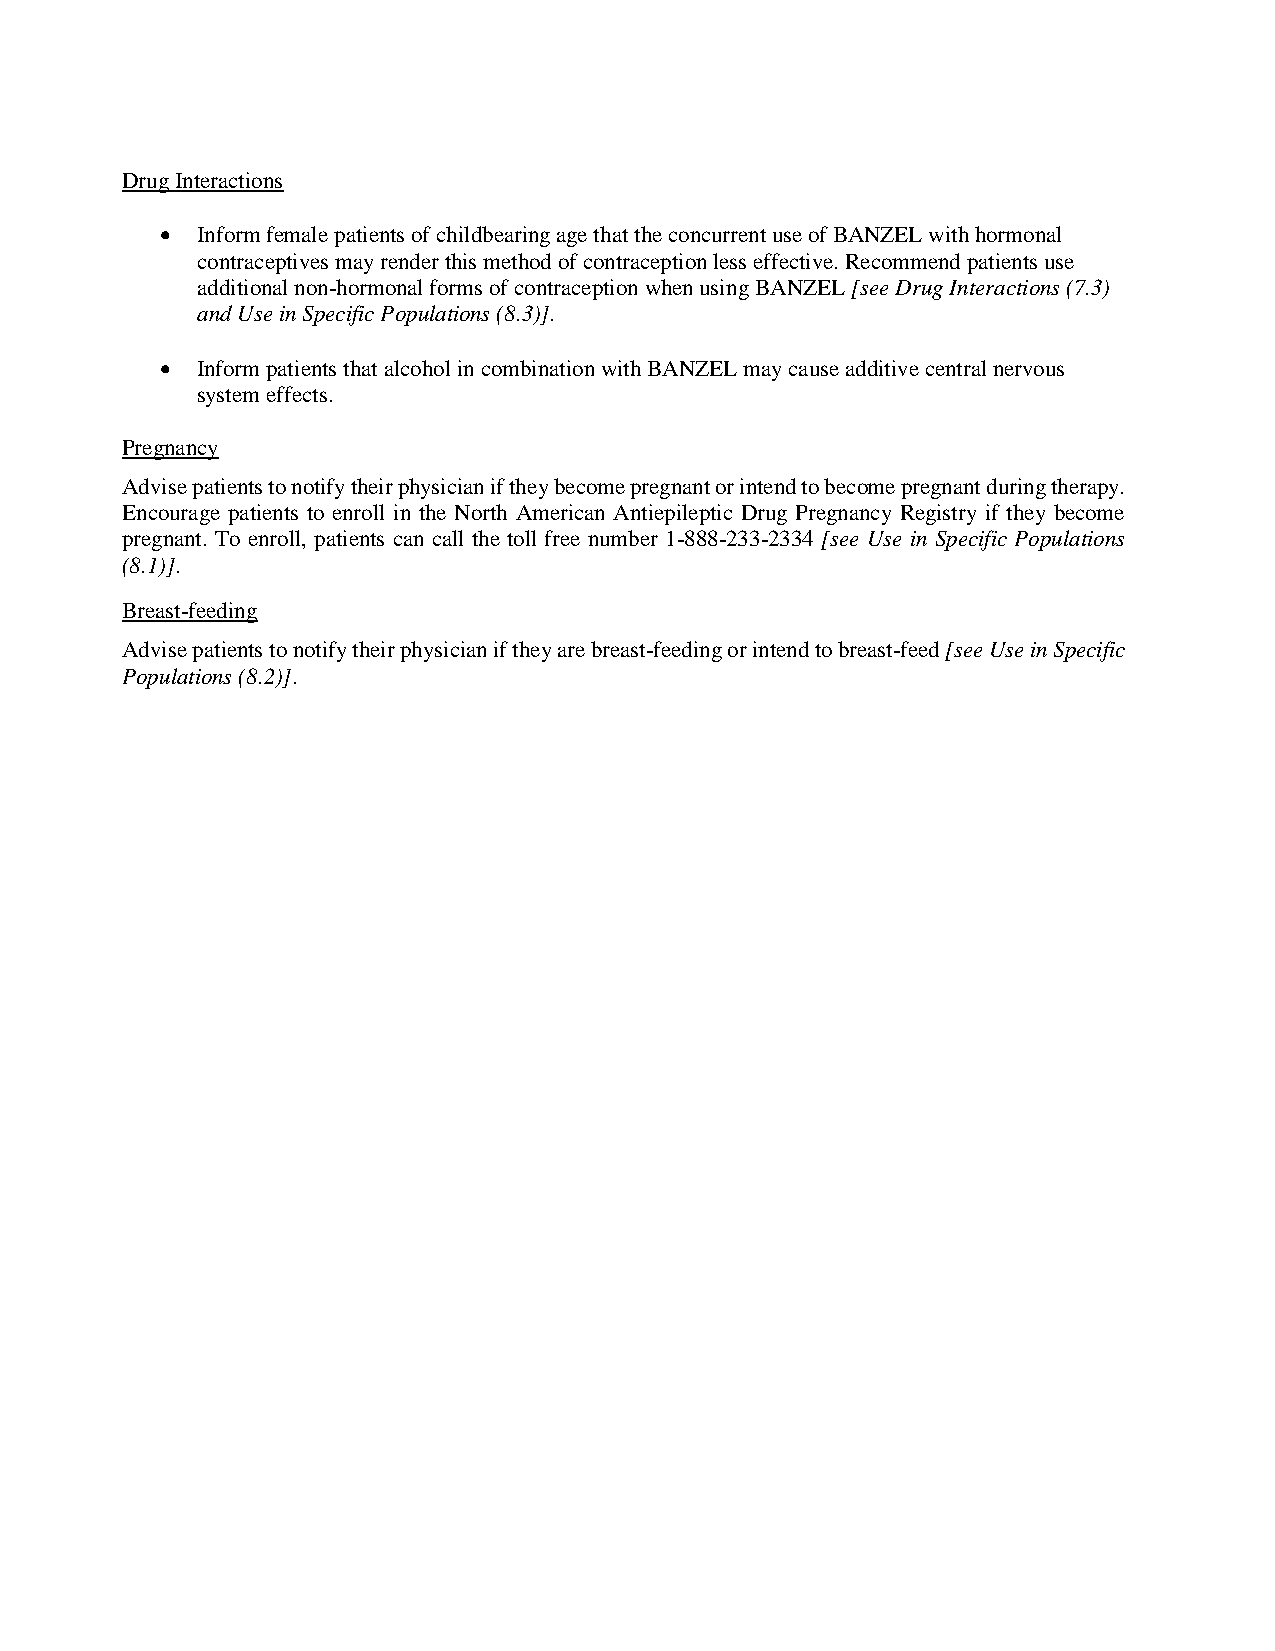
Drug Interactions
  Inform female patients of childbearing age that the concurrent use of BANZEL with hormonal
 contraceptives may render this method of contraception less effective. Recommend patients use
 additional non-hormonal forms of contraception when using BANZEL [see Drug Interactions (7.3)
 and Use in Specific Populations (8.3)].
  Inform patients that alcohol in combination with BANZEL may cause additive central nervous
 system effects.
 Pregnancy
 Advise patients to notify their physician if they become pregnant or intend to become pregnant during therapy.
 Encourage patients to enroll in the North American Antiepileptic Drug Pregnancy Registry if they become
 pregnant. To enroll, patients can call the toll free number 1-888-233-2334 [see Use in Specific Populations
 (8.1)].
 Breast-feeding
 Advise patients to notify their physician if they are breast-feeding or intend to breast-feed [see Use in Specific
 Populations (8.2)].